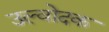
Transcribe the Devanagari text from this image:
उल्वोदक